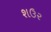
શઉર